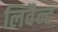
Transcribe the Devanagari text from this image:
लिवैन्ट